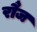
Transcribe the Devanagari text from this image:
रौज